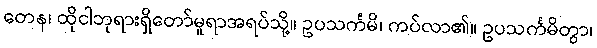
တေန၊ ထိုငါဘုရားရှိတော်မူရာအရပ်သို့။ ဥပသင်္ကမိ၊ ကပ်လာ၏။ ဥပသင်္ကမိတွာ၊